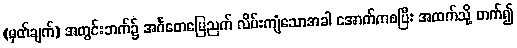
(မှတ်ချက်) အတွင်းဘက်၌ အင်္ဂတေမြေညက် လိမ်းကျံသောအခါ အောက်ကစပြီး အထက်သို့ တက်၍